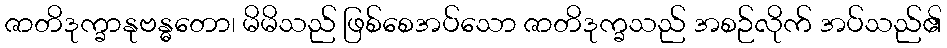
ဇာတိဒုက္ခာနုဗန္ဓတော၊ မိမိသည် ဖြစ်စေအပ်သော ဇာတိဒုက္ခသည် အစဉ်လိုက် အပ်သည်၏